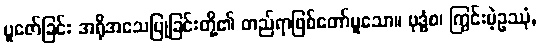
ပူဇော်ခြင်း အရိုအသေပြုခြင်းတို့၏ တည်ရာဖြစ်တော်မူသော။ ဗုဒ္ဓံစ၊ ကြွင်းမဲ့ဥဿုံ,